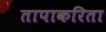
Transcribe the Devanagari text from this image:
तापाकरिता